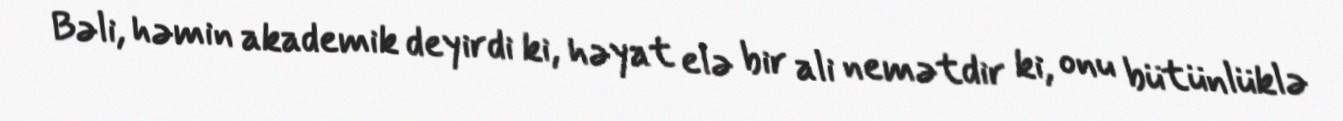
Bəli, həmin akademik deyirdi ki, həyat elə bir ali nemətdir ki, onu bütünlüklə